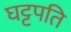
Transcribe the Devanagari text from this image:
घट्टपति